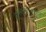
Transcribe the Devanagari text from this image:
हस्तिनापुराहून